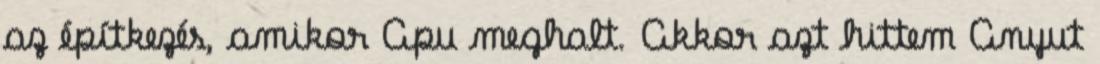
az építkezés, amikor Apu meghalt. Akkor azt hittem Anyut